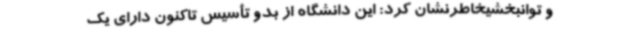
و توانبخشیخاطرنشان کرد: این دانشگاه از بدو تأسیس تاکنون دارای یک